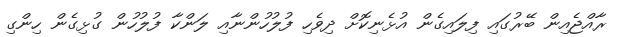
ރާއްޖެއިން ބޭރުގައި ފިލައިގެން އުޅެނިކޮށް ދިވެހި ފުލުހުންނާއި ލަންކާ ފުލުހުން ގުޅިގެން ހިންގި